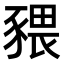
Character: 𧱨